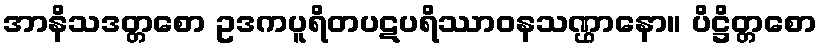
အာနိသဒတ္တစော ဥဒကပူရိတပဋပရိဿာဝနသဏ္ဌာနော။ ပိဋ္ဌိတ္တစော